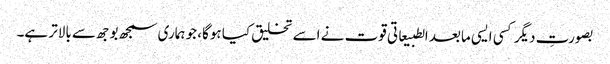
بصورتِ دیگر کسی ایسی مابعد الطبیعاتی قوت نے اسے تخلیق کیا ہوگا، جو ہماری سمجھ بوجھ سے بالاتر ہے۔